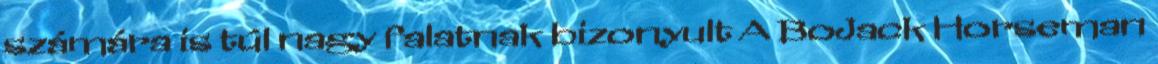
számára is túl nagy falatnak bizonyult A BoJack Horseman